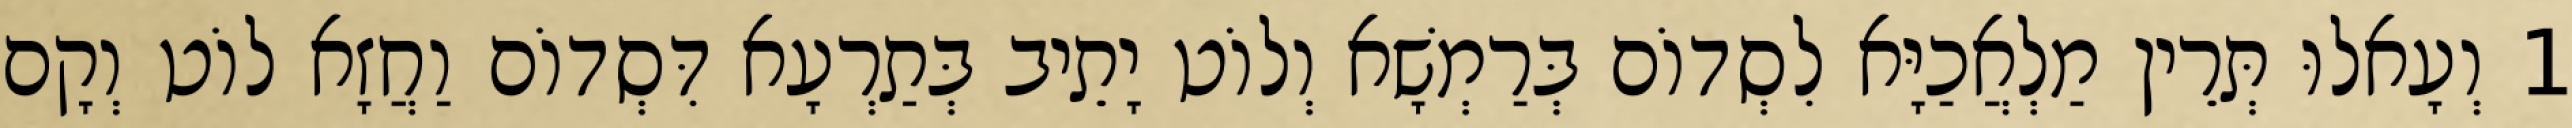
1 וְעָאלוּ תְּרֵין מַלְאֲכַיָּא לִסְדוֹם בְּרַמְשָׁא וְלוֹט יָתֵיב בְּתַרְעָא דִּסְדוֹם וַחֲזָא לוֹט וְקָם